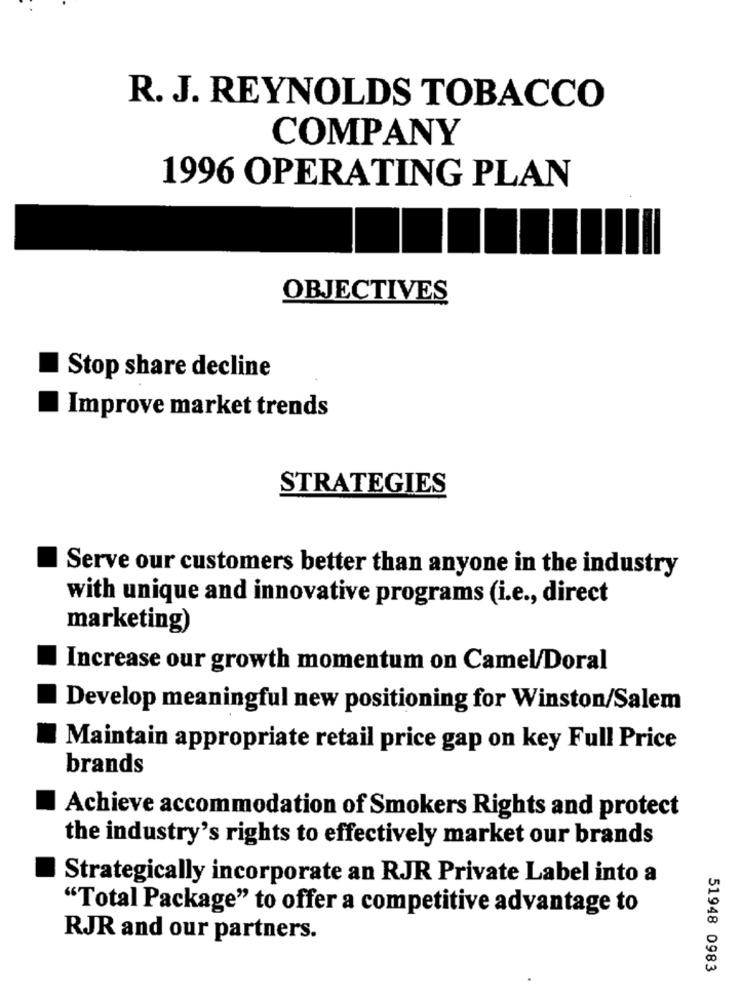
R. J. REYNOLDS TOBACCO
COMPANY
1996 OPERATING PLAN
OBJECTIVES
Stop share decline
Improve market trends
STRATEGIES
Serve our customers better than anyone in the industry
with unique and innovative programs (i.e ., direct
marketing)
Increase our growth momentum on Camel/Doral
Develop meaningful new positioning for Winston/Salem
Maintain appropriate retail price gap on key Full Price
brands
Achieve accommodation of Smokers Rights and protect
the industry's rights to effectively market our brands
Strategically incorporate an RJR Private Label into a
"Total Package" to offer a competitive advantage to
RJR and our partners.
51948 0983